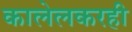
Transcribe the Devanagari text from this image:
कालेलकरही